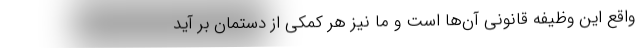
واقع این وظیفه قانونی آن‌ها است و ما نیز هر کمکی از دستمان بر آید